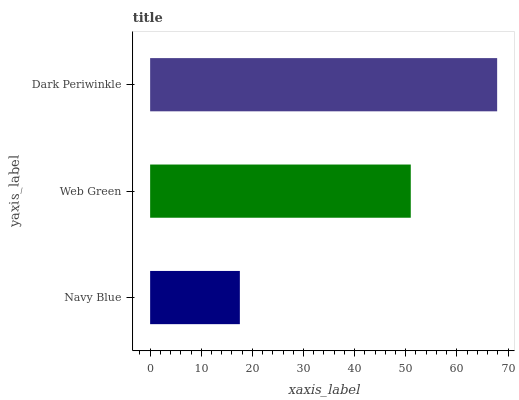
| yaxis_label | bars |
 | --- | --- |
 | Navy Blue | 17.5 |
 | Web Green | 51 |
 | Dark Periwinkle | 67.9 |